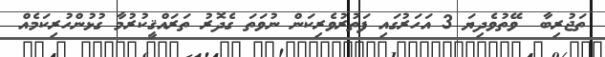
ތަޖުރިބާ  ވޭތުވެދިޔަ 3 އަހަރުގައި ފަތުރުވެރިކަން ނުވަތަ ގެދޮރު ތަރައްޤީކުރުމާ ގުޅުންހުރިކަމެއް